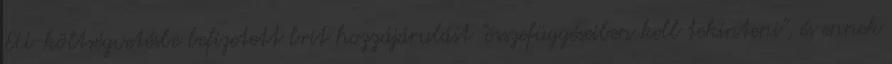
EU-költségvetésbe befizetett brit hozzájárulást "összefüggéseiben kell tekinteni", és ennek